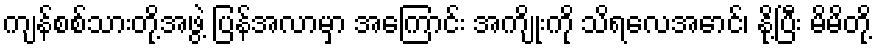
ကျန်စစ်သားတို့အဖွဲ့ ပြန်အလာမှာ အကြောင်း အကျိုးကို သိရလေအောင်၊ နို့ပြီး မိမိတို့